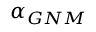
\alpha _ { G N M }